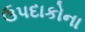
ઉપદાકોના